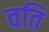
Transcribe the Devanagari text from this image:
वति